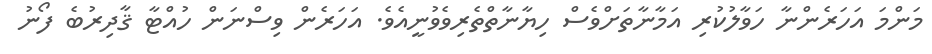
މަންމަ އަހަރެންނާ ހަވާލުކުރި އަމާނާތަށްވެސް ހިޔާނާތްތެރިވެވުނީއެވެ. އަހަރެން ވިސްނަން ހުއްޓާ ޤާދިރުބެ ފޯނު